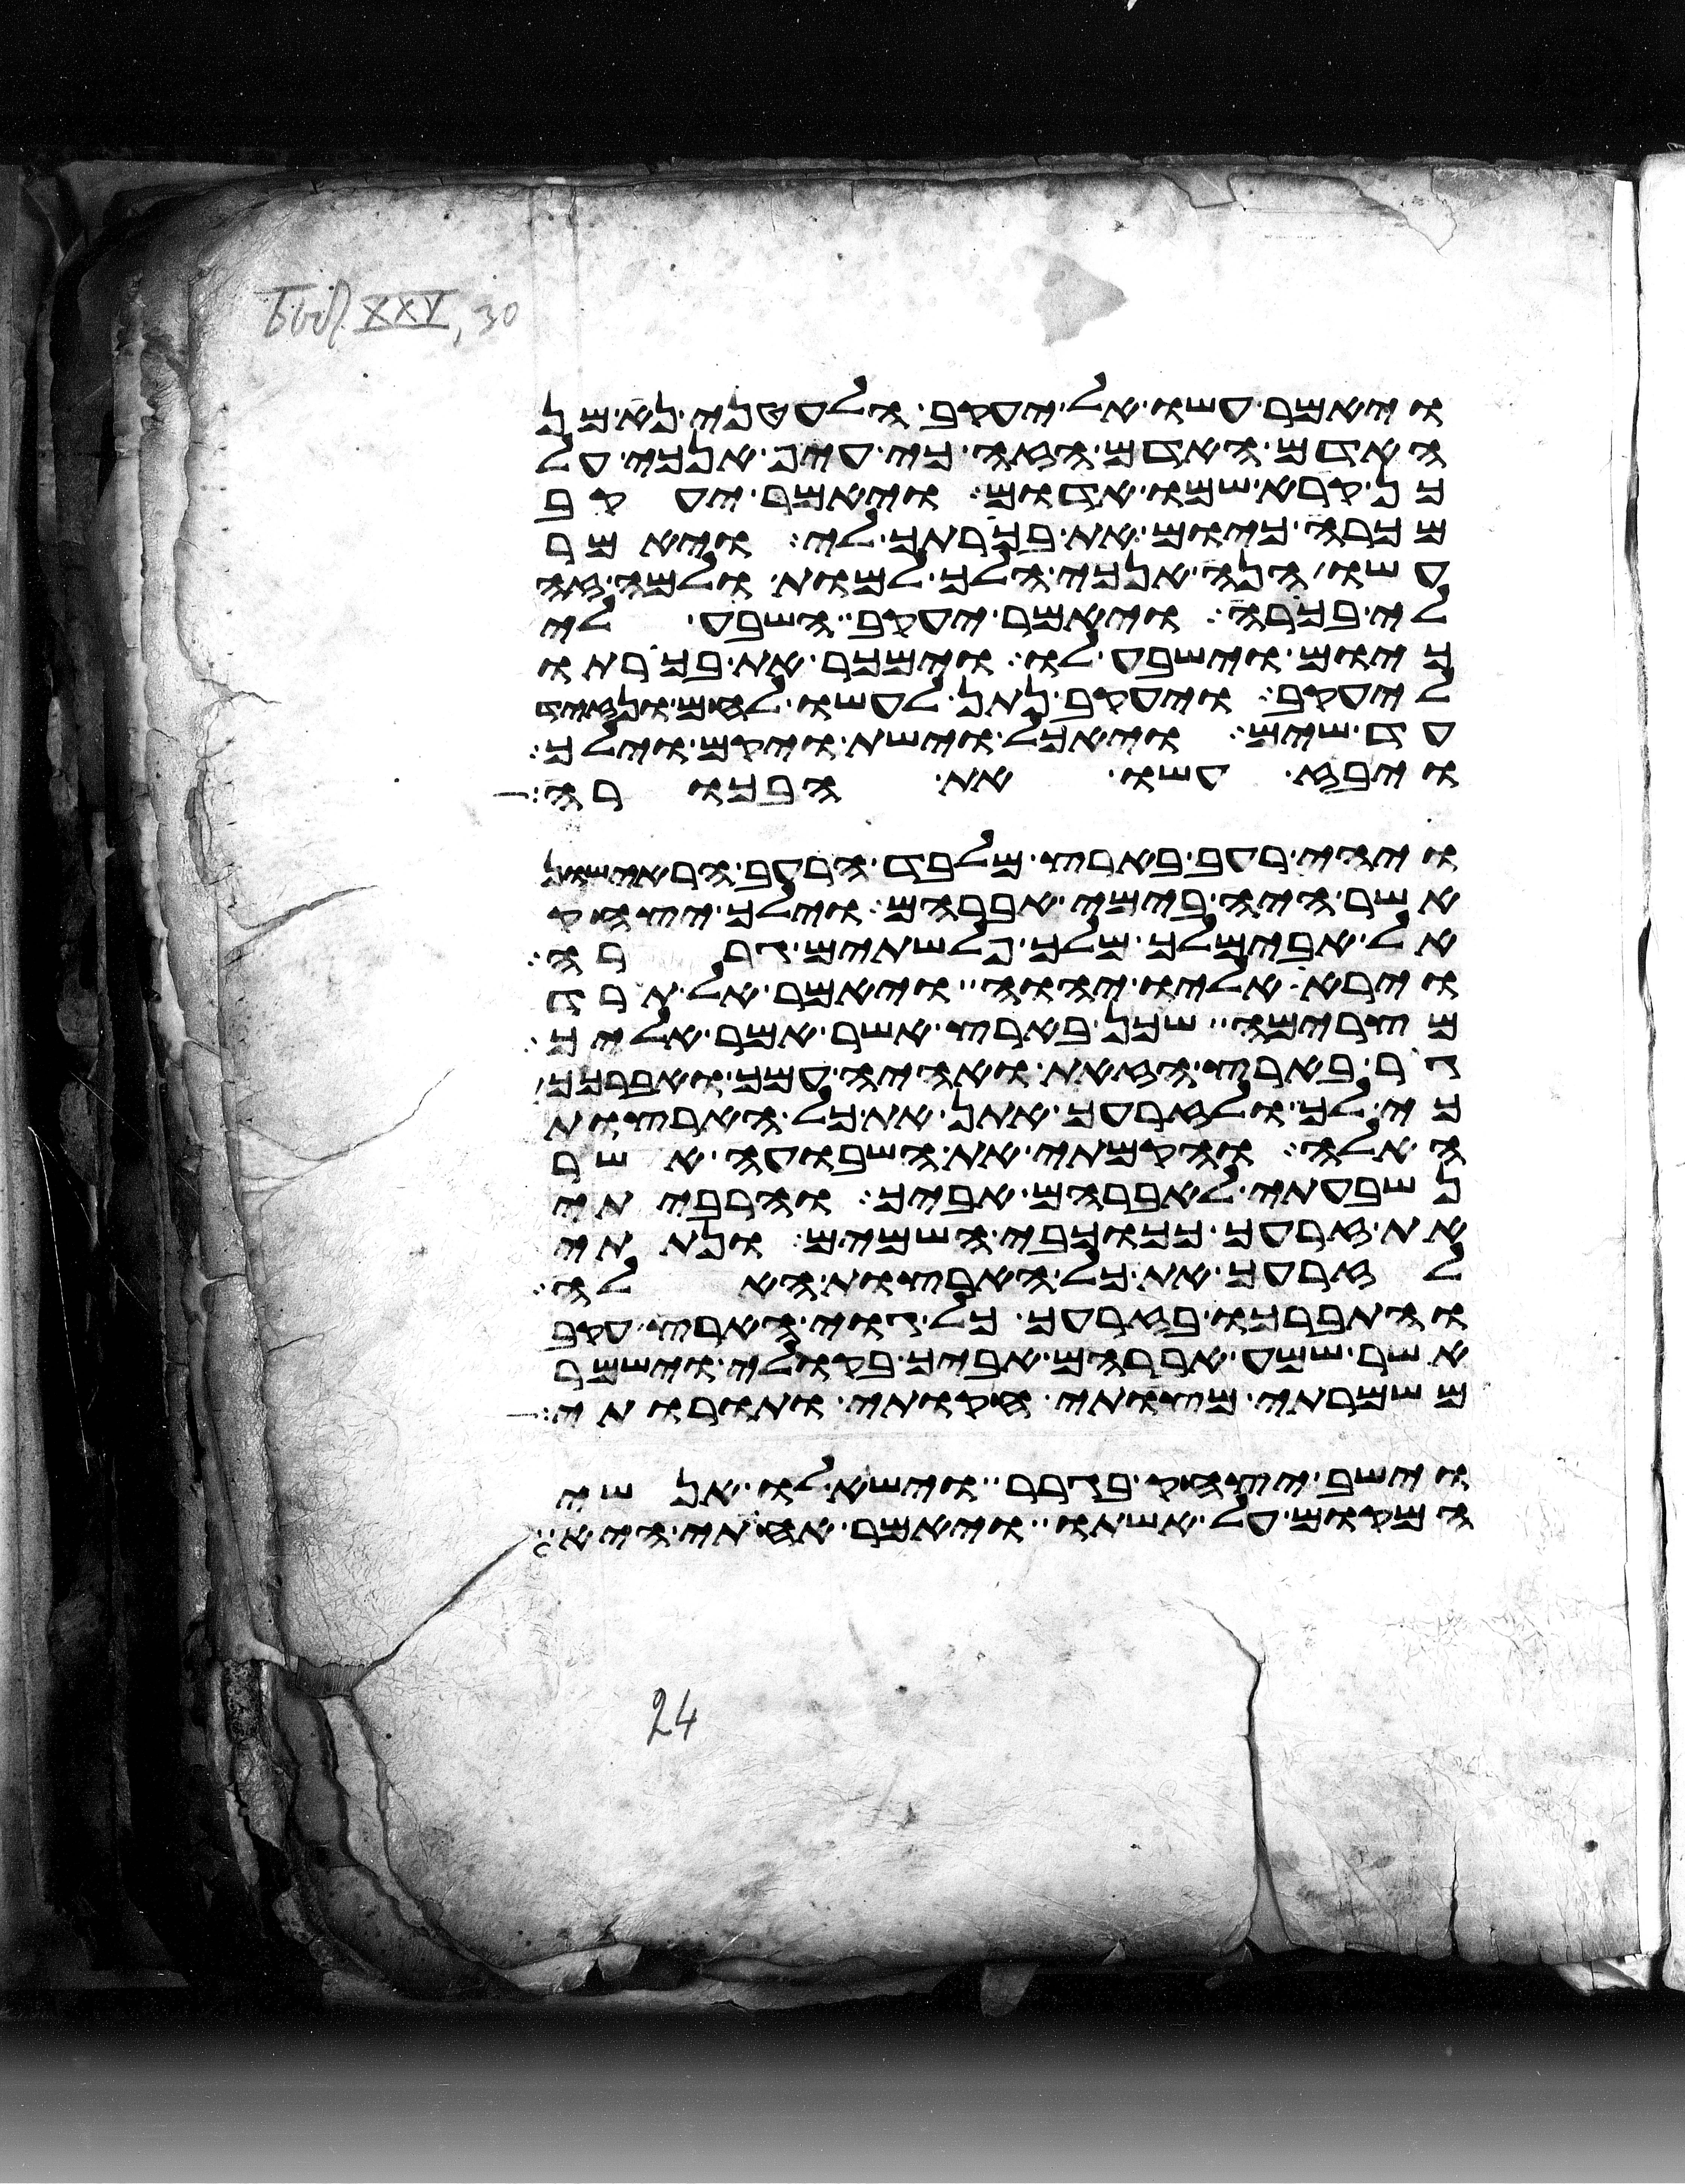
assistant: ויאמר עשו אל יעקב הלעטני נא מן
האדום האדם הזה כי עיף אנכי על
כן קרא שמו אדום ויאמר יעקב
מכרה כיום את בכרתך לי ויאמר
עשו הנה אנכי הלך למות ולמה זה
לי בכורה ויאמר יעקב השבע לי
כיום וישבע לו וימכר את בכורתו
ליעקב ויעקב נתן לעשו לחם ונזיד
עד שים ויאכל וישת ויקם וילך
ויבז עשו את הבכורה
ויהי רעב בארץ מלבד הרעב הראישון
אשר היה בימי אברהם וילך יצחק
אל אבימלך מלך פלשתים גררה
וירא אליו יהוה ויאמר אל תרד
מצרימה שכן בארץ אשר אמר אליך
גר בארץ הזאת ואהיה עמך ואברכך
כי לך ולזרעך אתן את כל הארצות
האלה והקמתי את השבועה אשר
נשבעתי לאברהם אביך והרביתי
את זרעך ככוכבי השמים ונתתי
לזרעך את כל הארצות האלה
והתברכו בזרעך כל גוי הארץ עקב
אשר שמע אברהם אביך בקולי וישמר
משמרתי מצותי חקותי ותורותי
וישב יצחק בגרר וישאלו אנשי
המקום על אשתו ויאמר אחותי היא